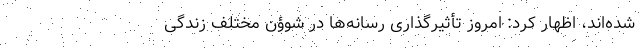
شده‌اند، اظهار کرد: امروز تأثیرگذاری رسانه‌ها در شوؤن مختلف زندگی